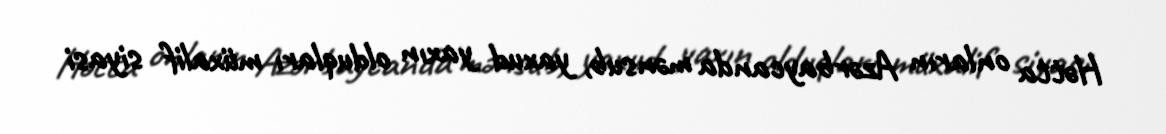
Hətta onların Azərbaycanda mənsub, yaxud yaxın olduqları müxalif siyasi